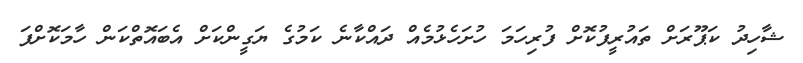
ޝާހިދު ކަޕޫރަށް ތައުރީފުކޮށް ފުރިހަމަ ހުށަހެޅުމެއް ދައްކާނެ ކަމުގެ ޔަގީންކަށް އެބައޮތްކަން ހާމަކޮށްފަ